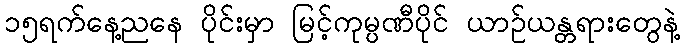
၁၅ရက်နေ့ညနေ ပိုင်းမှာ မြင့်ကုမ္ပဏီပိုင် ယာဉ်ယန္တရားတွေနဲ့